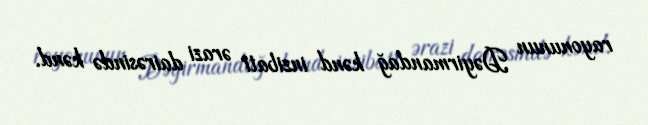
rayonunun Dəyirmandağ kənd inzibati ərazi dairəsində kənd.